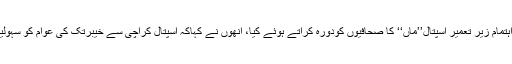
ان خیالات کااظہار انھوں نے اورنگی ٹاؤن میں عمر شریف ویلیفئر ٹرسٹ کے زیر اہتمام زیر تعمیر اسپتال’’ماں‘‘ کا صحافیوں کودورہ کراتے ہوئے کیا، انھوں نے کہاکہ اسپتال کراچی سے خیبرتک کی عوام کو سہولیات فراہم کرے گا، یہ کراچی پرمیرا قرض تھا جو پوراکرنے کی کوشش کررہاہوں۔